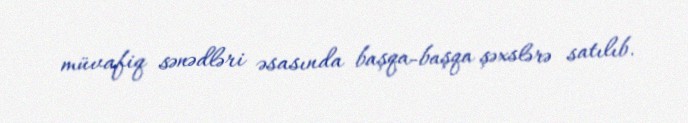
müvafiq sənədləri əsasında başqa-başqa şəxslərə satılıb.